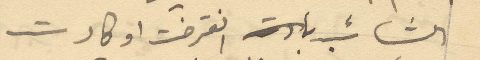
الشائب انقرضت او كادت